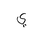
Letter: _ya